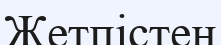
Жетпістен